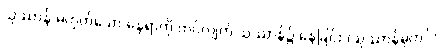
သုဿာန် မဟုတ်သော နေရာကို ကပ်လျက် သုဿာန်၌ နေခြင်း (သုဿာန်ဓုတင်)